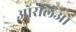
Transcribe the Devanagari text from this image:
ओरलिओ